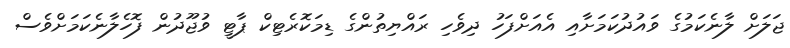
ޖަލަށް ލާނެކަމުގެ ވައުދުކަމަށާއި އެއަށްފަހު ދިވެހި ރައްޔިތުންގެ ޑިމަކޮރެޓިކް ޕާޓީ ވުޖޫދުން ފޮހެލާނެކަމަށްވެސް